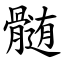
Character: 髄